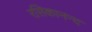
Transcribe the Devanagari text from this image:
रसिकानन्द